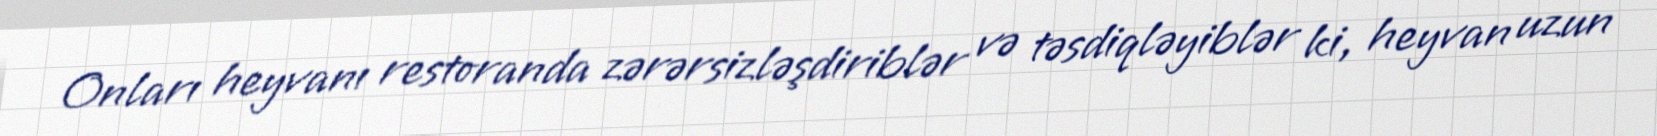
Onları heyvanı restoranda zərərsizləşdiriblər və təsdiqləyiblər ki, heyvan uzun